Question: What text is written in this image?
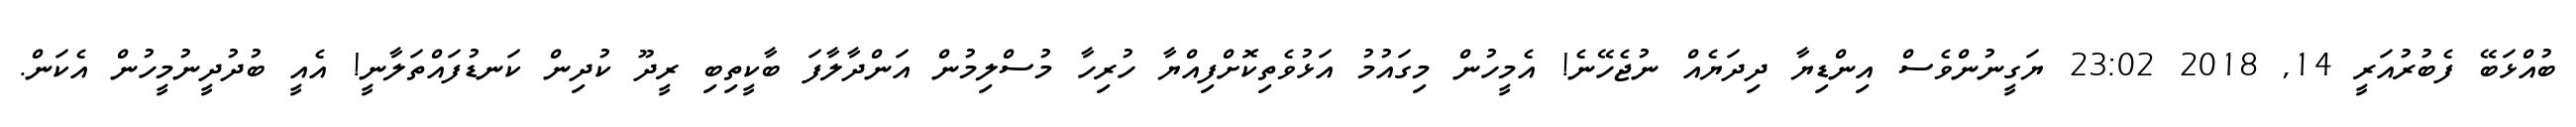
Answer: ބުއްޅަބޭ ފެބުރުއަރީ 14, 2018 23:02 ޔަގީނުންވެސް އިންޑިޔާ ދިދަޔެއް ނުޖެހޭނެ! އެމީހުން މިގައުމު އަޅުވެތިކޮށްފިއްޔާ ހުރިހާ މުސްލިމުން އަންދާލާފަ ބާކީތިބި ރީދޫ ކުދިން ކަނޑުފައްތަލާނީ! އެއީ ބުދުދީނުމީހުން އެކަން.